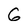
Character: 6